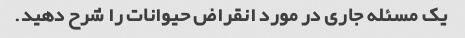
یک مسئله جاری در مورد انقراض حیوانات را شرح دهید.